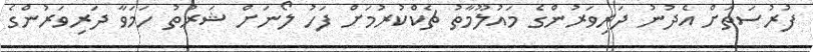
ފުރުސަތަށް އެދުނު ދަރިވަރުންގެ މައުލޫމާތު ޗެކްކުރުމަށް ފަހު ލޯނަށް ޝަރުތު ހަމަވާ ދަރިވަރުންގެ